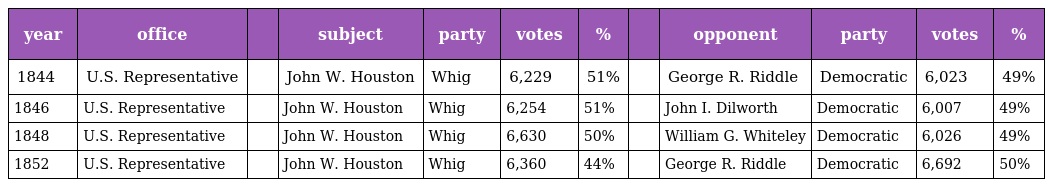
| year | office |  | subject | party | votes | % |  | opponent | party | votes | % |
 | --- | --- | --- | --- | --- | --- | --- | --- | --- | --- | --- | --- |
 | 1844 | U.S. Representative |  | John W. Houston | Whig | 6,229 | 51% |  | George R. Riddle | Democratic | 6,023 | 49% |
 | 1846 | U.S. Representative |  | John W. Houston | Whig | 6,254 | 51% |  | John I. Dilworth | Democratic | 6,007 | 49% |
 | 1848 | U.S. Representative |  | John W. Houston | Whig | 6,630 | 50% |  | William G. Whiteley | Democratic | 6,026 | 49% |
 | 1852 | U.S. Representative |  | John W. Houston | Whig | 6,360 | 44% |  | George R. Riddle | Democratic | 6,692 | 50% |